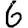
Digit: 6